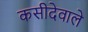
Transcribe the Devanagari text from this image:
कसीदेवाले